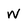
Character: w